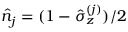
\hat { n } _ { j } = ( 1 - \hat { \sigma } _ { z } ^ { ( j ) } ) / 2